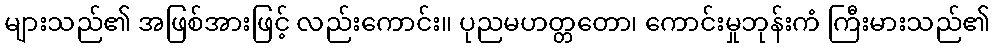
များသည်၏ အဖြစ်အားဖြင့် လည်းကောင်း။ ပုညမဟတ္တတော၊ ကောင်းမှုဘုန်းကံ ကြီးမားသည်၏